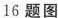
16题图